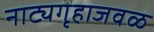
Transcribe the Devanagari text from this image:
नाट्यगृहाजवळ